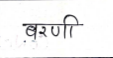
मजकूर: बरणी